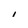
Character: I